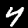
Label: 4